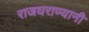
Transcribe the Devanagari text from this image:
राजघराण्यानी